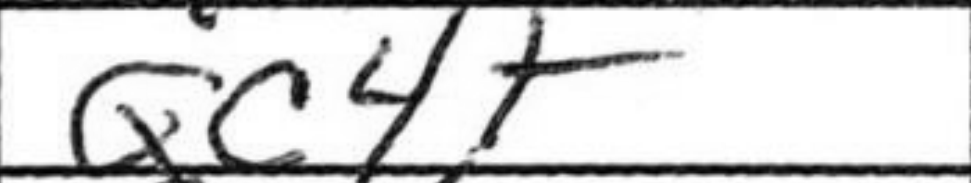
Transcription: Qc4+